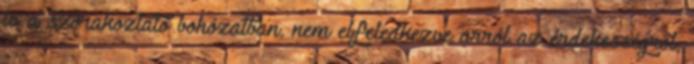
ív a szórakoztató bohózatban, nem elfeledkezve arról az érdekességről,